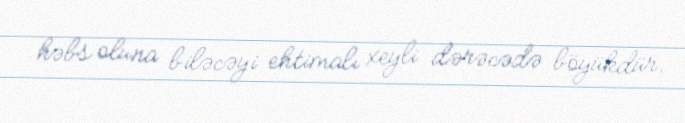
həbs oluna biləcəyi ehtimalı xeyli dərəcədə böyükdür.